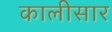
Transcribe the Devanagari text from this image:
कालीसार